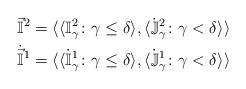
LaTeX: \begin{align*}\vec{\mathbb{I}}^2 &= \langle \langle \mathbb{I}^2_{\gamma} \colon \gamma \leq \delta \rangle, \langle \dot{\mathbb{J}}^2_{\gamma} \colon \gamma < \delta \rangle \rangle \\\dot{\vec{\mathbb{I}}}^1 &= \langle \langle \dot{\mathbb{I}}^1_{\gamma} \colon \gamma \leq \delta \rangle, \langle \dot{\mathbb{J}}^1_{\gamma} \colon \gamma < \delta \rangle \rangle \end{align*}